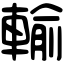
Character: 輸